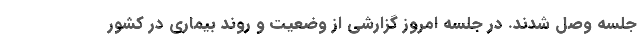
جلسه وصل شدند. در جلسه امروز گزارشی از وضعیت و روند بیماری در کشور